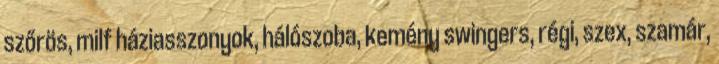
szőrös, milf háziasszonyok, hálószoba, kemény swingers, régi, szex, szamár,